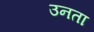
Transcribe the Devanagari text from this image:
उनता